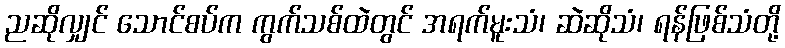
ညဆိုလျှင် သောင်စပ်က ကွက်သစ်ထဲတွင် အရက်မူးသံ၊ ဆဲဆိုသံ၊ ရန်ဖြစ်သံတို့